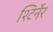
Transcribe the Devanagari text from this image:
श्टिर्नेर